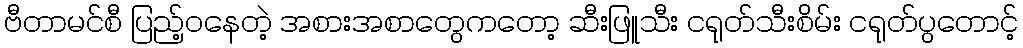
ဗီတာမင်စီ ပြည့်ဝနေတဲ့ အစားအစာတွေကတော့ ဆီးဖြူသီး ငရုတ်သီးစိမ်း ငရုတ်ပွတောင့်